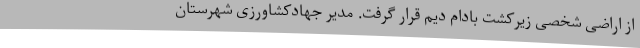
از اراضی شخصی زیرکشت بادام دیم قرار گرفت. مدیر جهادکشاورزی شهرستان